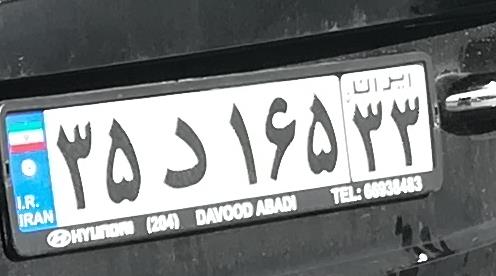
۳۵د۱۶۵۳۳